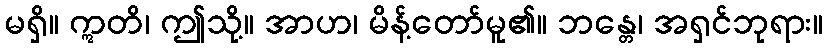
မရှိ။ ဣတိ၊ ဤသို့။ အာဟ၊ မိန့်တော်မူ၏။ ဘန္တေ၊ အရှင်ဘုရား။